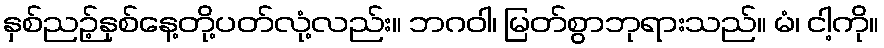
နှစ်ညဉ့်နှစ်နေ့တို့ပတ်လုံ့လည်း။ ဘဂဝါ၊ မြတ်စွာဘုရားသည်။ မံ၊ ငါ့ကို။